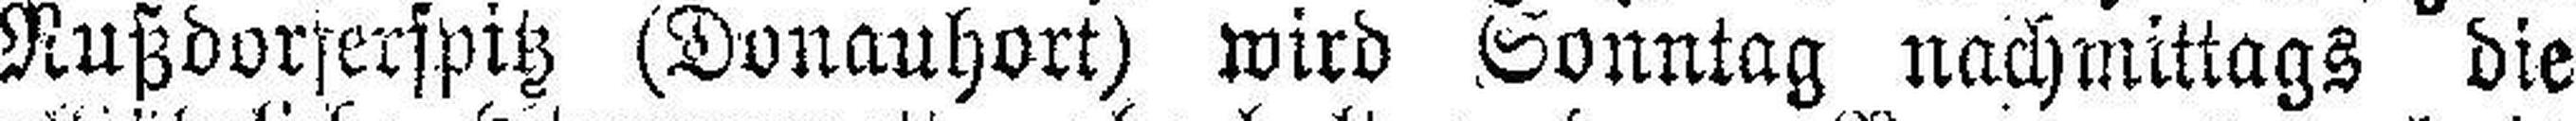
Nußdorserspitz (Donauhort) wird Sonntag nachmittags die